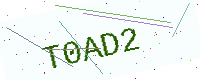
Text: T0AD2